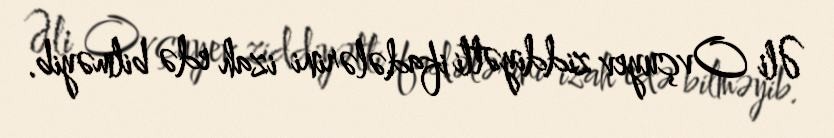
Əli Ovçuyev ziddiyətli ifadələrini izah edə bilməyib.